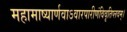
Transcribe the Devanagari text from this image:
महामाष्यार्णवाऽवारपारीणंविवृतिप्लवम्।